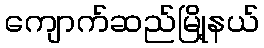
ကျောက်ဆည်မြို့နယ်